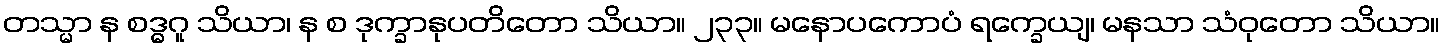
တသ္မာ န စဒ္ဓဂူ သိယာ၊ န စ ဒုက္ခာနုပတိတော သိယာ။ ၂၃၃။ မနောပကောပံ ရက္ခေယျ၊ မနသာ သံဝုတော သိယာ။